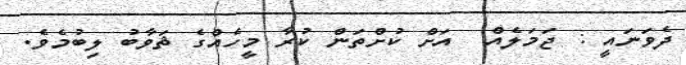
ދެވަނައީ : ޖަމަލެއް  އަށް ކުށްތަން ކުރާ މީހެއްގެ ޘަވާބު ލިބުމެވެ.